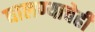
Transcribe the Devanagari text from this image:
घालण्‍याचेही